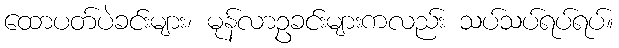
ထောပတ်ပဲခင်းများ၊ မုန်လာဥခင်းများကလည်း သပ်သပ်ရပ်ရပ်။